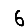
Digit: 6